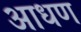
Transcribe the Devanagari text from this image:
आधण